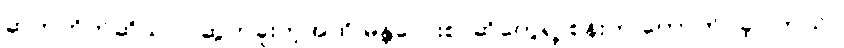
ဆက်တိုက်ဆိုသလို ဆွတ်ခူးတဲ့အထိ မန္တလေးစာဆိုတွေရဲ့ စန်းက တောက်ပခဲ့ပါတယ်။